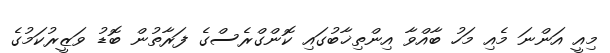
މިއީ އަންނަ މެއި މަހު ބާއްވާ އިންތިޚާބުގައި ކޮންގްރެސްގެ ފަރާތުން ބޮޑު ވަޒީރުކަމުގެ